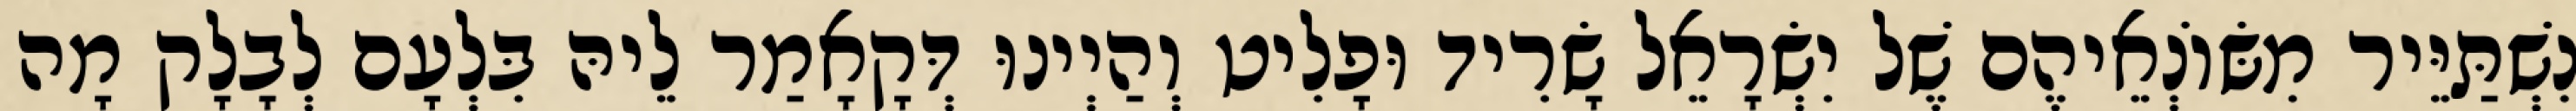
נִשְׁתַּיֵּיר מִשּׂוֹנְאֵיהֶם שֶׁל יִשְׂרָאֵל שָׂרִיד וּפָלִיט וְהַיְינוּ דְּקָאָמַר לֵיהּ בִּלְעָם לְבָלָק מָה